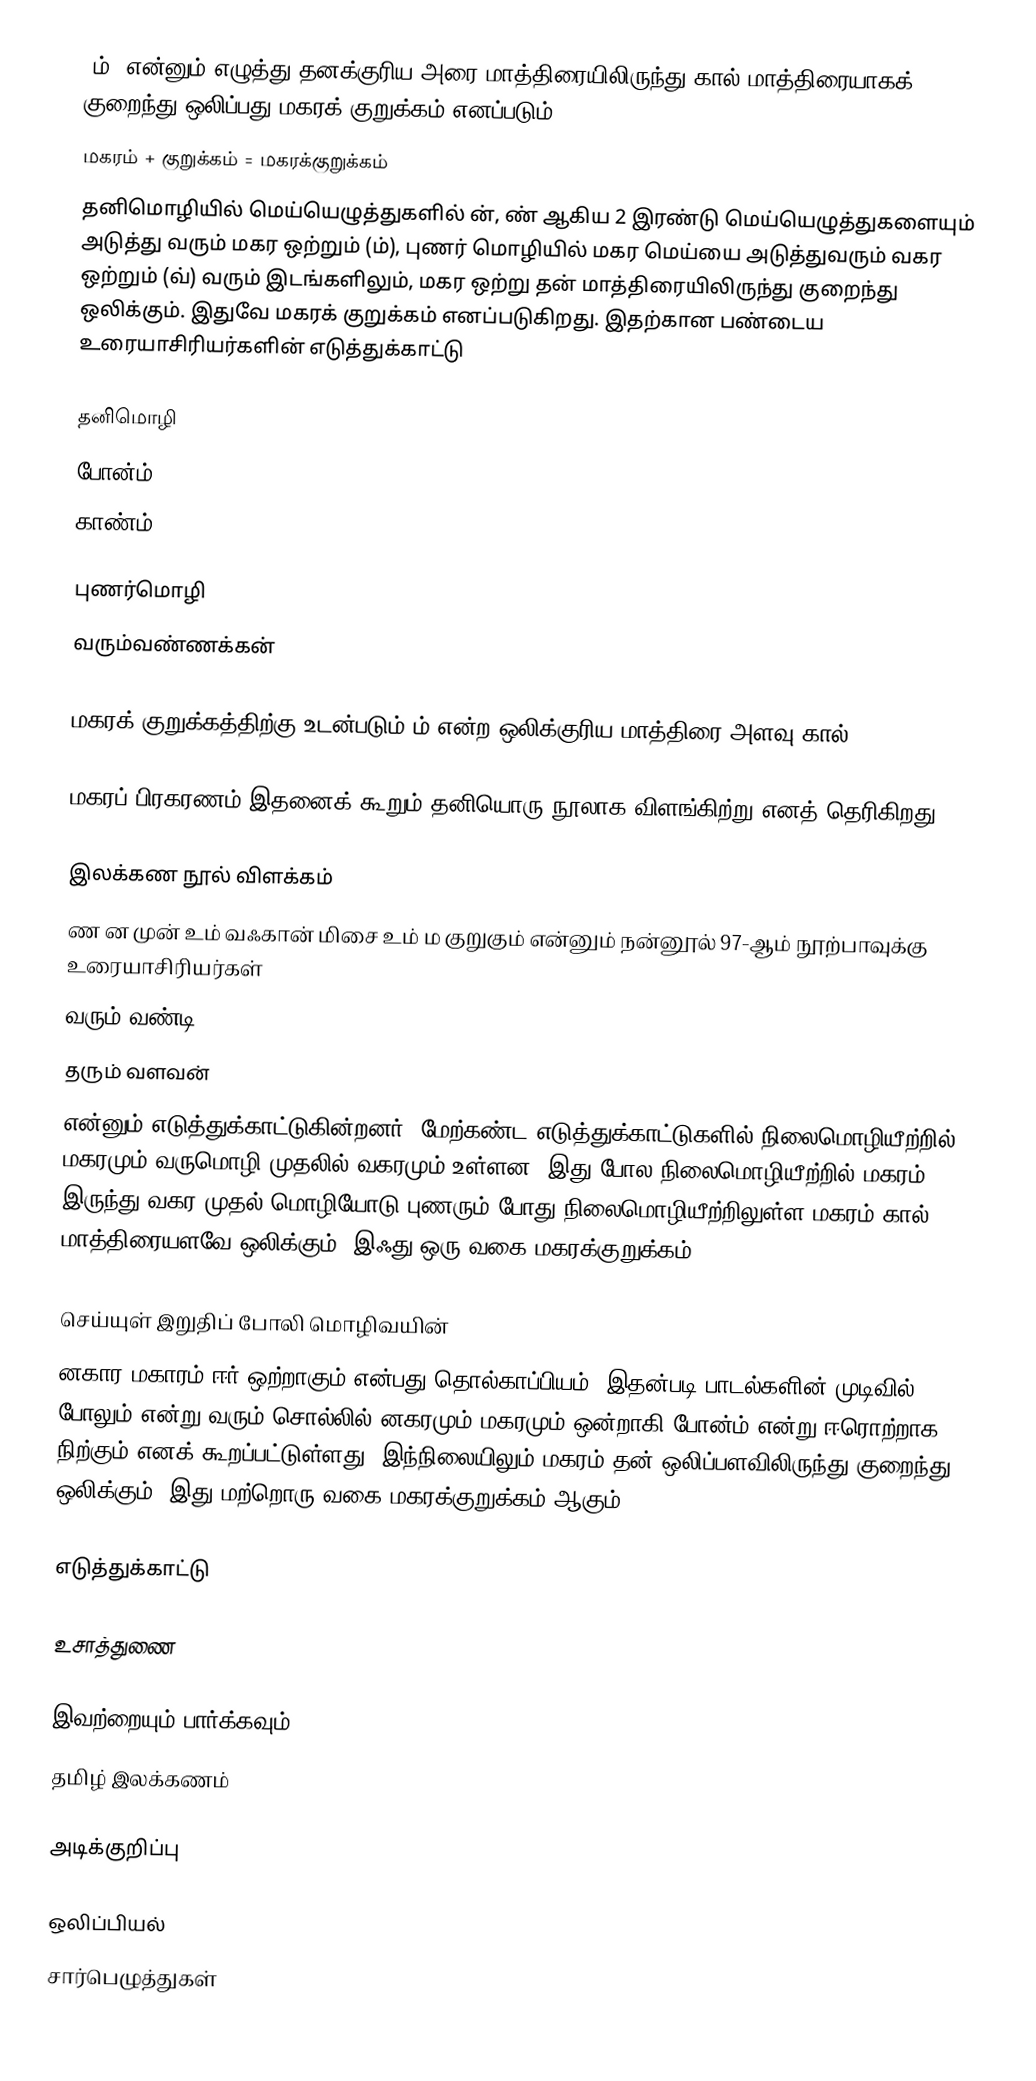
"ம்" என்னும் எழுத்து தனக்குரிய அரை மாத்திரையிலிருந்து கால் மாத்திரையாகக் குறைந்து ஒலிப்பது மகரக் குறுக்கம் எனப்படும்.
மகரம் + குறுக்கம் = மகரக்குறுக்கம்
தனிமொழியில் மெய்யெழுத்துகளில் ன், ண் ஆகிய 2 இரண்டு மெய்யெழுத்துகளையும் அடுத்து வரும் மகர ஒற்றும் (ம்), புணர் மொழியில் மகர மெய்யை அடுத்துவரும் வகர ஒற்றும் (வ்) வரும் இடங்களிலும், மகர ஒற்று தன் மாத்திரையிலிருந்து குறைந்து ஒலிக்கும். இதுவே மகரக் குறுக்கம் எனப்படுகிறது. இதற்கான பண்டைய உரையாசிரியர்களின் எடுத்துக்காட்டு

தனிமொழி
போன்ம்
காண்ம்

புணர்மொழி
வரும்வண்ணக்கன்

மகரக் குறுக்கத்திற்கு உடன்படும் ம் என்ற ஒலிக்குரிய மாத்திரை அளவு கால்.

 மகரப் பிரகரணம் இதனைக் கூறும் தனியொரு நூலாக விளங்கிற்று எனத் தெரிகிறது.

இலக்கண நூல் விளக்கம்
ண ன முன் உம் வஃகான் மிசை உம் ம குறுகும் என்னும் நன்னூல் 97-ஆம் நூற்பாவுக்கு உரையாசிரியர்கள்
 வரும் வண்டி
 தரும் வளவன்
என்னும் எடுத்துக்காட்டுகின்றனர். மேற்கண்ட எடுத்துக்காட்டுகளில் நிலைமொழியீற்றில் மகரமும் வருமொழி முதலில் வகரமும் உள்ளன. இது போல  நிலைமொழியீற்றில் மகரம் இருந்து வகர முதல் மொழியோடு புணரும் போது நிலைமொழியீற்றிலுள்ள மகரம் கால் மாத்திரையளவே ஒலிக்கும். இஃது ஒரு வகை மகரக்குறுக்கம்.

செய்யுள் இறுதிப் போலி மொழிவயின்
னகார மகாரம் ஈர் ஒற்றாகும்  என்பது தொல்காப்பியம். இதன்படி பாடல்களின் முடிவில் போலும் என்று வரும் சொல்லில் னகரமும் மகரமும் ஒன்றாகி போன்ம் என்று ஈரொற்றாக நிற்கும் எனக் கூறப்பட்டுள்ளது. இந்நிலையிலும் மகரம் தன் ஒலிப்பளவிலிருந்து குறைந்து ஒலிக்கும். இது மற்றொரு வகை மகரக்குறுக்கம் ஆகும்.

எடுத்துக்காட்டு

உசாத்துணை

இவற்றையும் பார்க்கவும்
 தமிழ் இலக்கணம்

அடிக்குறிப்பு

ஒலிப்பியல்
சார்பெழுத்துகள்